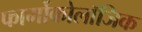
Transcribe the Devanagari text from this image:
फार्मोकोलॉजिक